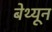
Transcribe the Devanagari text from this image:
बेथ्यून